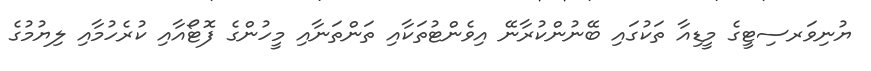
ޔުނިވަރސިޓީގެ މީޑިއާ ތަކުގައި ބޭނުންކުރާނޭ އިވެންޓުތަކާއި ތަންތަނާއި މީހުންގެ ފޮޓޯއާއި ކުރެހުމާއި ލިޔުމުގެ